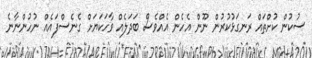
ސުކުން ކުށްތައް ރަނގަޅުކުރުން ނޫން އެހެން އެއްވެސް ބަދަލެއް ވާހަކަޔަށް ގެނެސްފައެއް ނުހުންނާނެ